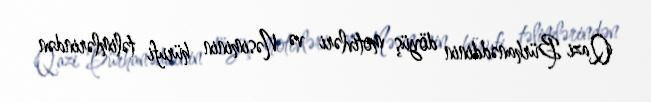
Qazi Bürhanəddinin döyüş motivləri və Nəsiminin hürufi təlimlərindən